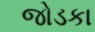
જોડકા